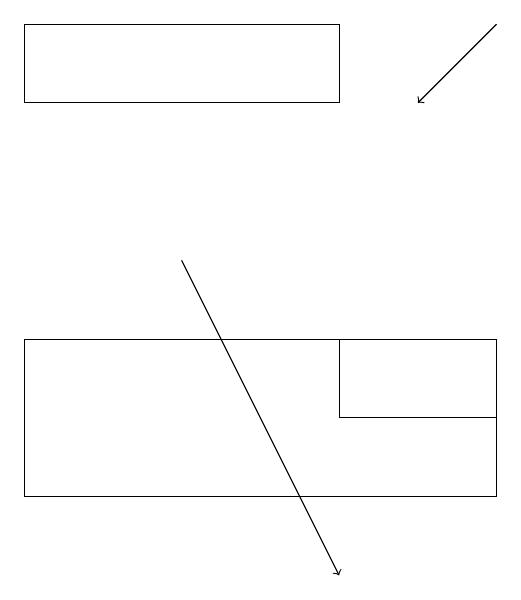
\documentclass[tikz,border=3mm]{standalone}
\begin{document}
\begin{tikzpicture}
\draw[->] (5,15) -- (7,11);
\draw (7,13) rectangle (9,14);
\draw[->] (9,18) -- (8,17);
\draw (9,14) rectangle (3,12);
\draw (3,18) rectangle (7,17);
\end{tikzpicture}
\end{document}